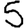
Digit: 5